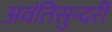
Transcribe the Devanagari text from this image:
अवंतिसुन्दरी